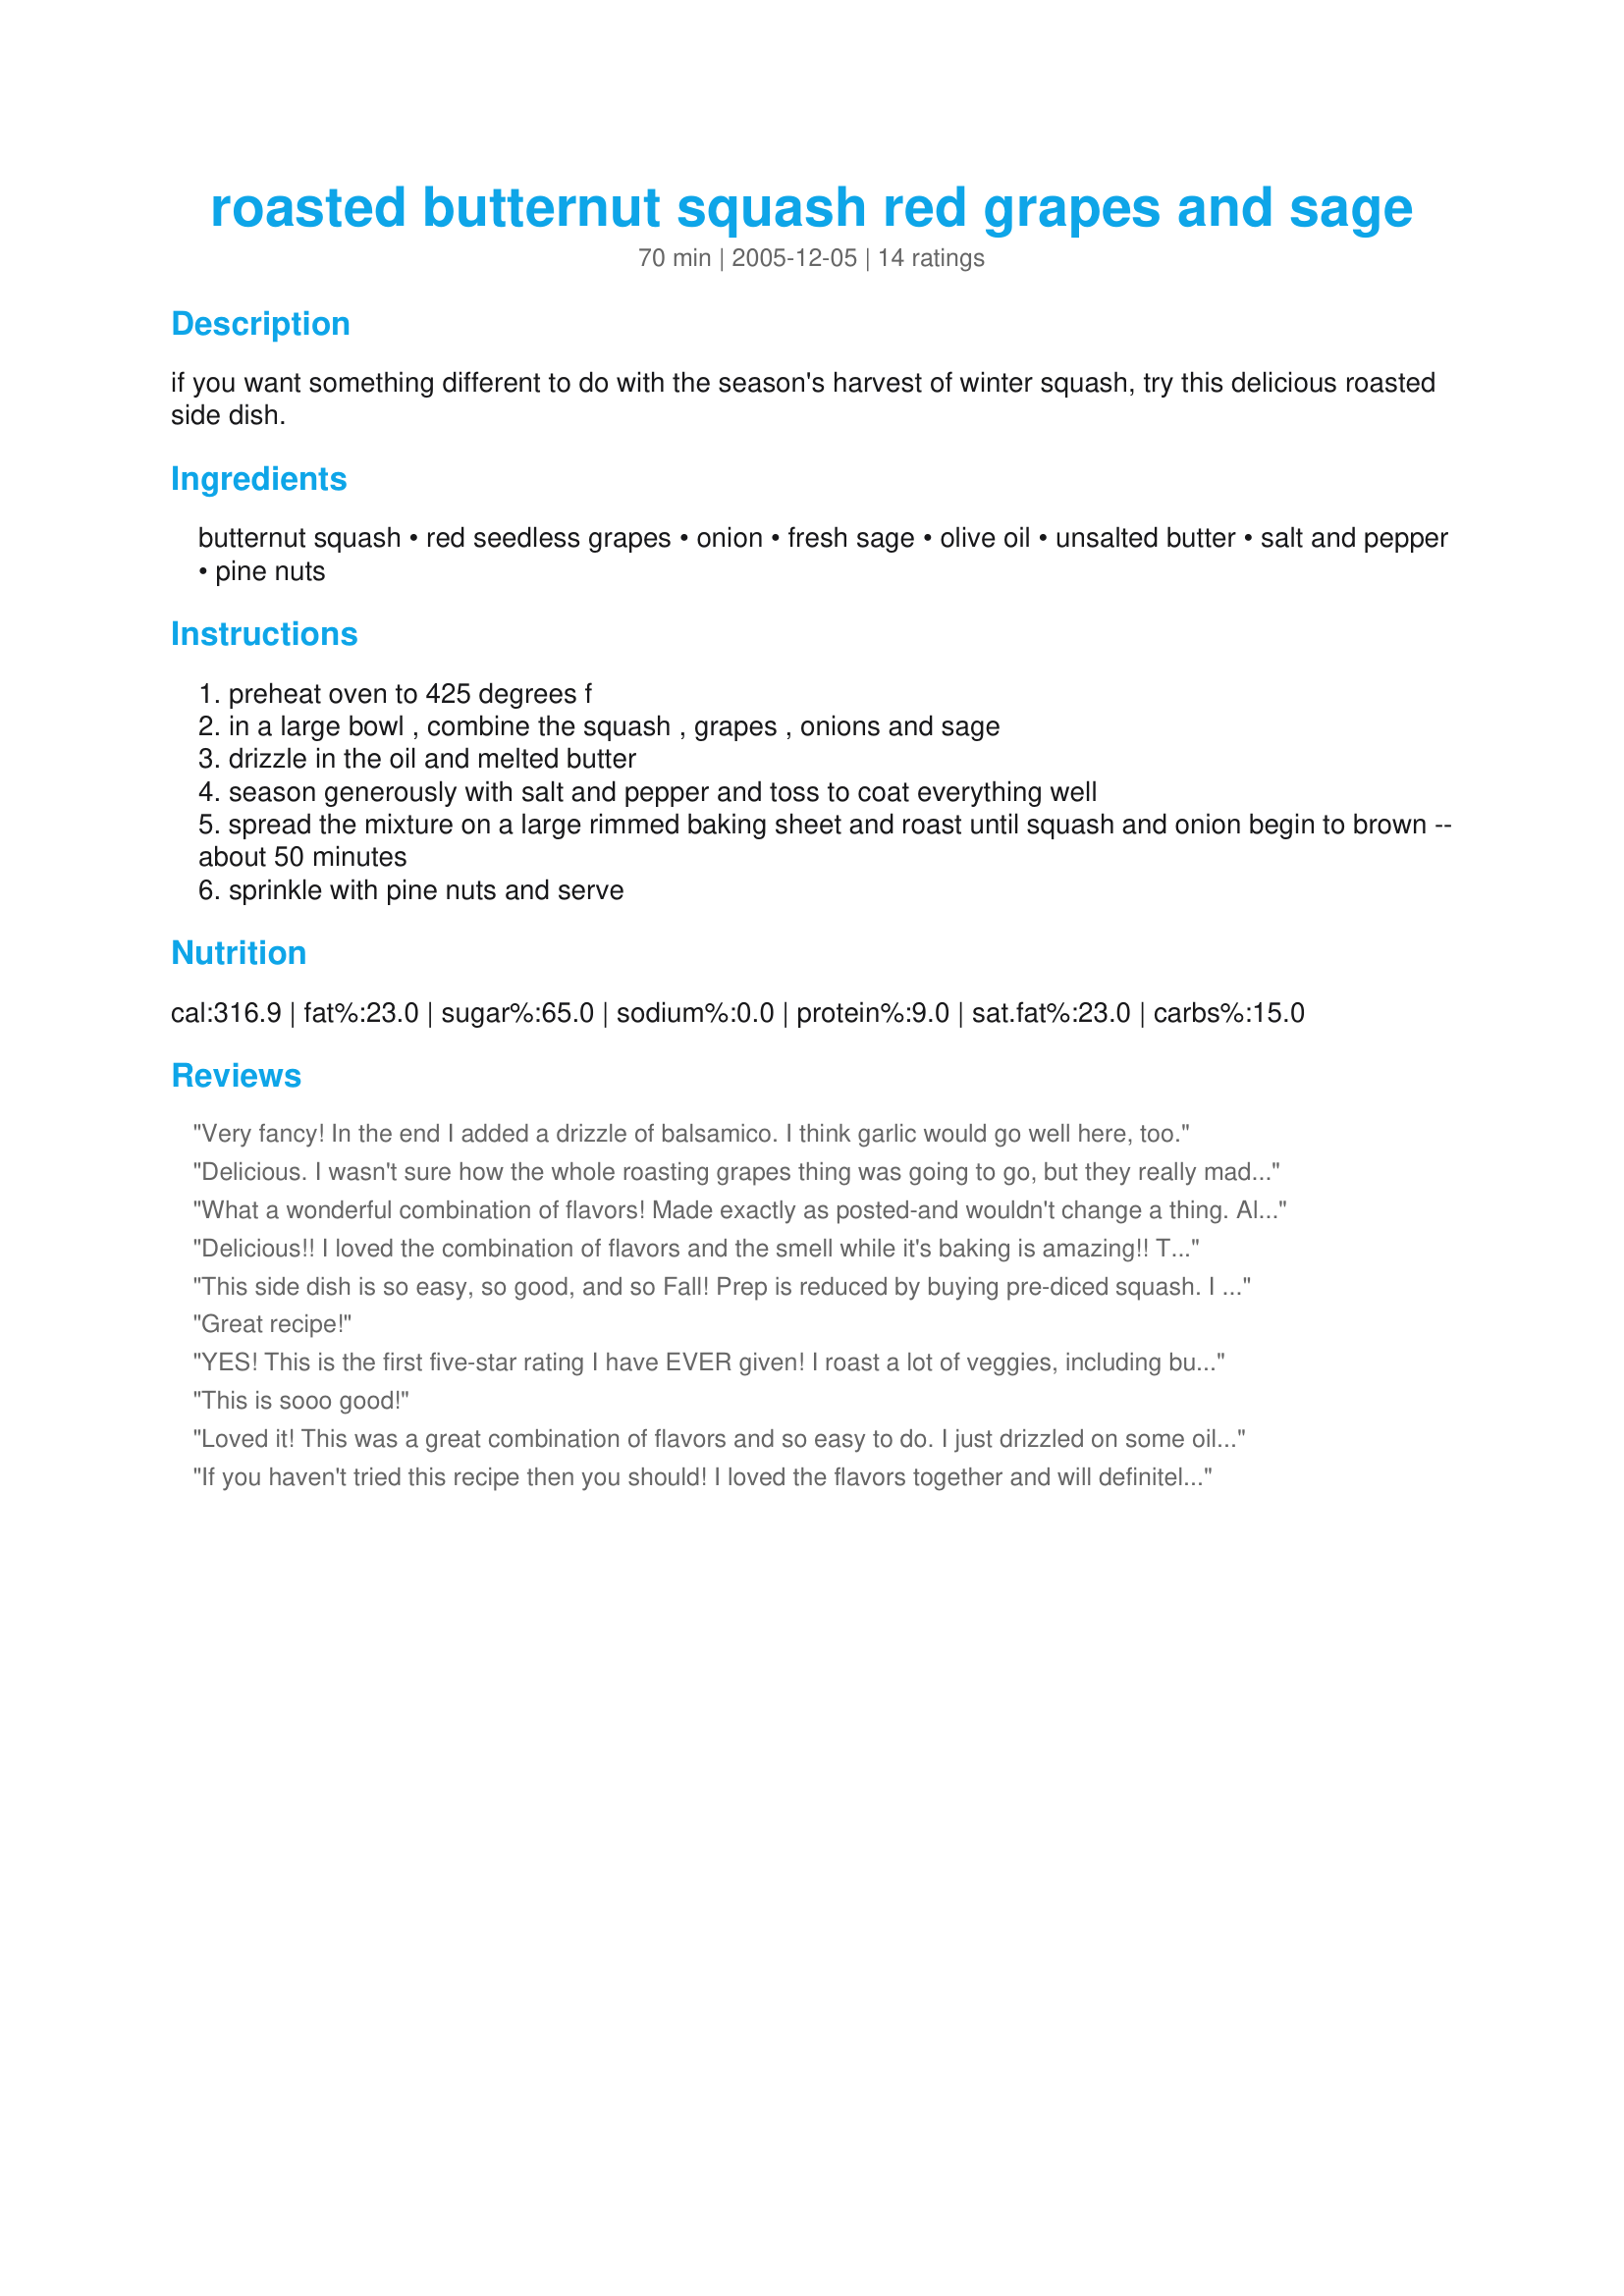
roasted butternut squash red grapes and sage
Preparation time: 70 minutes

if you want something different to do with the season's harvest of winter squash, try this delicious roasted side dish.

Ingredients:
butternut squash, red seedless grapes, onion, fresh sage, olive oil, unsalted butter, salt and pepper, pine nuts

Steps:
preheat oven to 425 degrees f
in a large bowl , combine the squash , grapes , onions and sage
drizzle in the oil and melted butter
season generously with salt and pepper and toss to coat everything well
spread the mixture on a large rimmed baking sheet and roast until squash and onion begin to brown -- about 50 minutes
sprinkle with pine nuts and serve

Reviews:
Very fancy! In the end I added a drizzle of balsamico. I think garlic would go well here, too.
Delicious. I wasn't sure how the whole roasting grapes thing was going to go, but they really made this dish stand out. The pine nuts were a nice touch, but those suckers were pricey so I would probably skip them next time. I didn't really measure the oil and butter and I think I put too much in, so I'll watch that more closely next time. I've always eaten steamed or boiled butternut squash, but now that just seems silly since roasting is clearly the yummier way to go :)
What a wonderful combination of flavors! Made exactly as posted-and wouldn't change a thing. All my favorites plus an easy oven recipe. Am going to add this to my 425 oven collection. Thank you for sharing Geema.
Delicious!! I loved the combination of flavors and the smell while it's baking is amazing!! This would be a great side dish to almost anything. Will be making again - thanks for sharing!
This side dish is so easy, so good, and so Fall! Prep is reduced by buying pre-diced squash. I loved the addition of pine nuts and the savory taste of the sage. I actually served as a side to falafel sandwiches because I was looking to use up ingredients, but this recipe would pair well many different main dishes. I already saved this into my keeper file. Thanks!
Great recipe!
YES! This is the first five-star rating I have EVER given! I roast a lot of veggies, including butternut squash, but I never would have thought of using the grapes. It's a wonderful combination with the onions and squash, and visually attractive, too. I'm afraid I disagree with Happy Harry #2 about the grapes, they are really good all caramelized and sweet and soft, not soggy, after the full roasting time. They'd be good even roasted by themselves. The pine nuts add a firm, crunchy texture that complements the softer grapes and squash. Pecans or walnuts would probably work too. Oh, I did use all oil instead of butter, but I'd use the butter for a special meal, like Thanksgiving.<br/><br/>Added 12/20/10: Out of sage? Try rosemary! It's a nice variation. If you have neither, thyme is goo, too.
This is sooo good!
Loved it! This was a great combination of flavors and so easy to do. I just drizzled on some oil, (no butter), and put everything in a 9x13 pan. Baked it for about an hour. Perfect!
If you haven't tried this recipe then you should! I loved the flavors together and will definitely be making this again and again.
This is positively AMAZING! I could not stop eating it. What an amazing layer of individual flavors. Next time I will add more sage. It's beautiful and delicious! I will be adding this to our Thanksgiving menu. I'm on board with Zeldaz, add the grapes and allow then to roast with all the other ingredients. Watch your timing. It may not take 50 minutes. I wish I have made more! I forgot to add the pine nuts before the taking the photo, but I did roast and add them before serving. Do not leave them out! YUM! Thanks Geema!
You can not go wrong with this yummy side. The sage and grapes bring a whole new wonderful level to your everyday roasted squash. Made as written using globe grapes. Will make again. Thanks for the post.
I've made this several times now, and everyone who has tried it has loved it. I even sent the recipe to my neighbor last year when she wanted something different to serve at her huge Thanksgiving dinner, and she liked it so well she plans to repeat it this year. It's a nice combination of flavors and textures; quite unexpected, which makes it even better when offering to company. Thanks for sharing.
I made this tonite and enjoyed it very much. I followed your ingredient list as written but kept the grapes aside until the squash had baked for thirty minutes. The reason for this was because I have baked with whole grapes before and I was afraid they would get too soggy. The dish was really very tasty and company-worthy.
